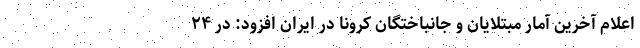
اعلام آخرین آمار مبتلایان و جانباختگان کرونا در ایران افزود: در ۲۴